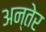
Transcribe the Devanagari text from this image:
अन्तेर